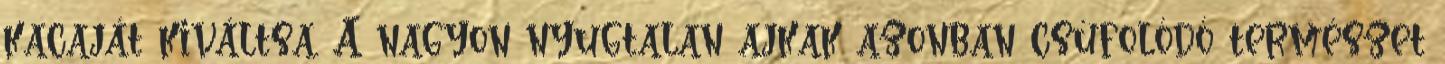
kacaját kiváltsa. A nagyon nyugtalan ajkak azonban csúfolódó természet